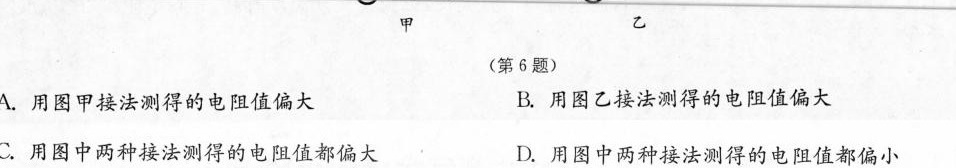
甲(第6题)A.用图甲接法测得的电阻值偏大 B.用图乙接法测得的电阻值偏大C.用图中两种接法测得的电阻值都偏大 D.用图中两种接法测得的电阻值都偏小